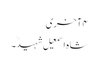
۴ آخری
شاہ اسمعیل شہیدؒ۔